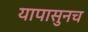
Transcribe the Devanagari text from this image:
यापासुनच